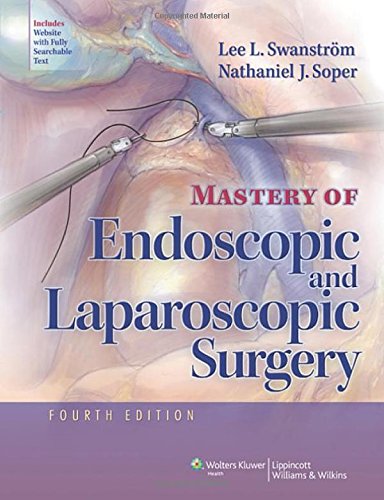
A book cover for Mastery of Endoscopic and Laparoscopic Surgery (Soper, Mastery of Endoscopic and Laparoscopic Surgery); Lee L. Swanstrom MD; Medical Books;